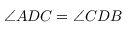
\angle A D C = \angle C D B